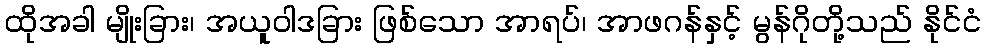
ထိုအခါ မျိုးခြား၊ အယူဝါဒခြား ဖြစ်သော အာရပ်၊ အာဖဂန်နှင့် မွန်ဂိုတို့သည် နိုင်ငံ